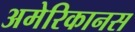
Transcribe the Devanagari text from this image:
अमेरिकानस